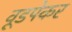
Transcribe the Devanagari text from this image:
वूडपेकर